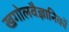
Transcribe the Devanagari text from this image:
खगोलवैज्ञानिकों